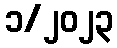
၁/၂၀၂၃